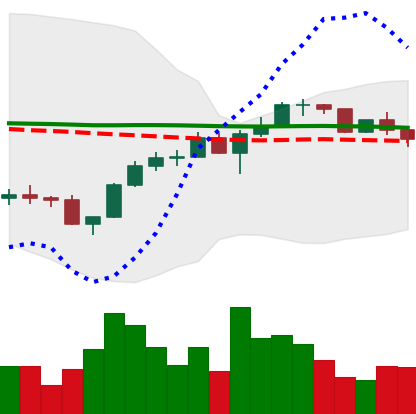
Ticker: LINK-USD
Chart end date: 2022-12-06
Forward return: -5.872%
Label: down_5_7